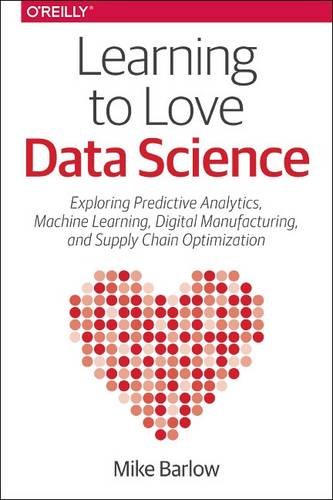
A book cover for Learning to Love Data Science; Mike Barlow; Computers & Technology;